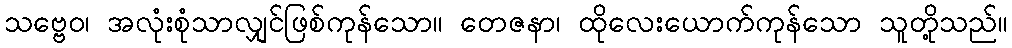
သဗ္ဗေဝ၊ အလုံးစုံသာလျှင်ဖြစ်ကုန်သော။ တေဇနာ၊ ထိုလေးယောက်ကုန်သော သူတို့သည်။